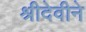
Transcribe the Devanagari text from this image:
श्रीदेवीने